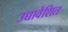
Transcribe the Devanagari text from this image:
उच्चावेशित